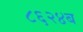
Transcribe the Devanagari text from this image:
८६२४ब